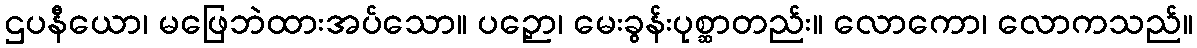
ဌပနီယော၊ မဖြေဘဲထားအပ်သော။ ပဉှော၊ မေးခွန်းပုစ္ဆာတည်း။ လောကော၊ လောကသည်။